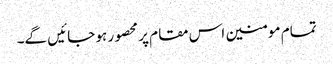
تمام مومنین اس مقام پر محصور ہو جائیں گے۔